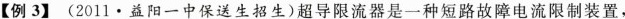
【例3】(2011·益阳一中保送生招生)超导限流器是一种短路故障电流限制装置，